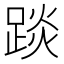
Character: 𨁹